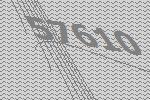
57610